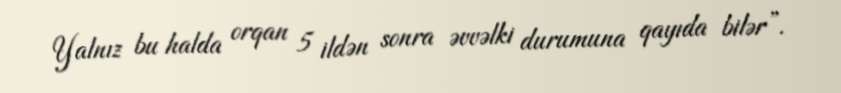
Yalnız bu halda orqan 5 ildən sonra əvvəlki durumuna qayıda bilər”.